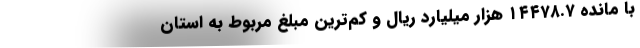
با مانده ۱۴۴۷۸.۷ هزار میلیارد ریال و کم‌ترین مبلغ مربوط به استان